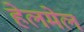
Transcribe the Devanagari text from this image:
हेलमेल